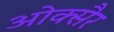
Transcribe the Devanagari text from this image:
ओक्सैर